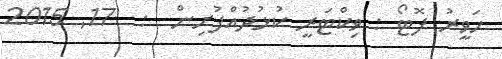
ހަވީރު ފޮޓޯ : ވިކްޓަރީ ކުޅުދުއްފުށިން  :  17